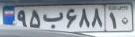
۹۵ب۶۸۸۱۰